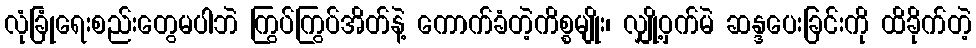
လုံခြုံရေးစည်းတွေမပါဘဲ ကြွပ်ကြွပ်အိတ်နဲ့ ကောက်ခံတဲ့ကိစ္စမျိုး၊ လျှို့ဝှက်မဲ ဆန္ဒပေးခြင်းကို ထိခိုက်တဲ့